Vital statistics of India. Vol. IV, Annual returns from 1871 to 1876. British Army of India, Native Army and jails of Bengal
Year: 1871
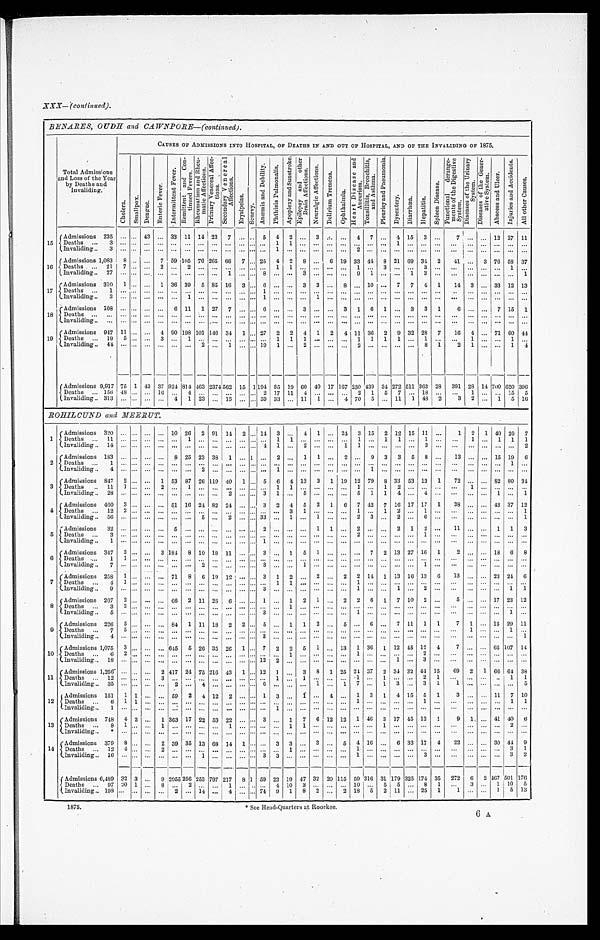
X X X —
( c o n t i n u e d ) .
BENARES, OUDH and CAWNPORE—(continued).
Total Admissions
and Loss of the Year
by Deaths and
Inval i di ng.
CAUSES OF ADMISSIONS INTO HOSPITAL, OF DEATHS IN AND OUT OF HOSPITAL, AND OF THE INVALIDING OF 1875.
C h o l e r a .
S m a l l p o x .
D e n g u e .
E n t e r i c F e v e r .
I n t e r m i t t e n t F e v e r .
R e m i t t e n t a n d C o n - t i n u e d F e v e r s .
R h e u m a t i s m a n d R h e u - m a t i c A f f e c t i o n s .
P r i m a r y V e n e r e a l A f f e c -
t i o n s . S e c o n d a r y V e n e r e a l
A f f e c t i o n s .
E r y s i p e l a s .
S c u r v y .
A n æ m i a a n d D e b i l i t y . P h t h i s i s P u l m o n a l i s .
A p o p l e x y a n d A f f e c t i o n s .
E p i l e p s y a n d o t h e r
B r a i n A f f e c t i o n s . N e u r a l g i c A f f e c t i o n s .
D e l i r i u m T r e m e n s .
O p h t h a l m i a .
H e a r t D i s e a s e a n d A n e u r i s m .
T o n s i l l i t i s , B r o n c h i t i s ,
a n d A s t h m a .
P l e u r i s y a n d P n e u m o n i a .
D y s e n t e r y . D i a r r h œ a . H e p a t i t i s .
S p l e e n D i s e a s e .
F u n c t i o n a l d e r a n g e -
m e n t s o f t h e D i g e s t i v e
S y s t e m.
D i s e a s e s o f t h e U r i n a r y
Syst em. D i s e a s e s o f t h e G e n e r - a t i v e S y s t e m . A b s c e s s a n d U l c e r . I n j u r i e s a n d A c c i d e n t s .
A l l o t h e r C a u s e s .
15 Admissions 235
43
33 11 14 23 7
5 4 2
3
4 7
4 15 3
7
12 27 11
D e a t h s 3
1 1
1
I n v a l i d i n g 3
1
2
16 Admissions 1,083 8
7 59 105 76 265 66 7 25 4 2 8
6 19 33 44 8 21 69 34 2 41
3 76 58 37
Deaths
21 7
2 2
1 1
1
3
3
1
I n v a l i d i n g 2 7
1
8
3
9 1
1 3
1
17 Admissions 310 1
1 36 39 5 85 16 3 6
3 3
8
10
7 7 4 1 14 3
33 12 13
D e a t h s 1
1
I n v a l i d i n g 3
1
1
1
18 Admissions 108
6 11 1 27 7
6
3
3 1 6 1
3 3 1 6
7 15 1
Deaths I n v a l i d i n g
19 Admissions 947 1 1
4 90 198 101 146 34 1 27 2 2 4 1 2 4 11 36 2 9 32 28 7 16 4 71 60 44
Deaths
19 5
3
1
1 1 1
1 1 1 1
1
1
1
I n v a l i d i n g 4 4
2
1
1 9 1
2
2
8 1 2 1
1 4
Admissions 9,917 75 1 43 37 924 814 463 2374 562 1 5 1 1 9 4 8 5 19 6 0 40 17 167 230 4 3 9 34 272 511 363 28 391 28 14 700 620 396
D e a t h s 156 48
16
4
2 17 11 4
2 1 5 7
18
1
15 5
Invaliding 313
4 1 23
13
59 33
11 1
4 70 5
11 1 4 8
2 3 2
1 5 16
ROHILCUND and MEERUT.
1 Admissions 320
10 26 2 91 1 4 2 14 3
4 1 24 3 15 2 12 15 11
1 2 1 40 20 7
D e a t h s
1 1
1
1 1
1
1 1
1
1 1 1 1
Invaliding 1 4
4 1
2
1 1
3
2
2 Admissions 183
8 25 23 38 1 1
2
1 1
2
9 3 3 5 8
13
15 19 6
Deaths
1
1
Invaliding 4
2
1
1
3 Admissions 847 2
1 53 87 26 1 1 9 4 0 1 5 6 4 1 3 3 1 19 12 79 8 33 53 13 1 72
82 80 34
D e a t h s
1 1 1
2
1
1 1
1 1 2
1
Invaliding 2 8
2
3 1
5
5 1 1 4
4
1
1
4 Admissions 460 3
51 16 24 8 2 24
3 2 4 5 2 1 6 7 42 7 16 17 17 1 38
43 37 12
Deaths
1 2 2
3 1
1 1 2
1
1
Invaliding 5 6
5
2
3 3
1
1
2 3
2
6
1
5 Admissions 32
5
2
1 1
2
2 1 2
11
1 1 3
Deaths 3
2
1
Invaliding 1
1
6 Admissions 347 3
3 184 8 10 18 11
3
1 5 1
7 2 13 27 16 1 2
18 6 8
De a t h s
1 1
Invaliding 7
2
3
1
1
7 Admissions 258 1
71 8 6 19 12
3 1 2
2
2 2 14 1 13 16 13 6 13
23 24 6
De a t h s
4 1
1 1
1
Invaliding 9
3
1
1
2
1 1
8 Admissions 207 2
66 2 11 28 6
1
1 2 1
2 2 6 1 7 10 2
5
17 23 12
Deaths 3 2
1
Invaliding 5
3
1
1
9 Admissions 226 5
84 1 11 18 2 2 5
1 1 2
5
6
7 11 1 1 7 1
15 29 11
Deaths 7 5
1
1
Invaliding 4
3
1
10 Admissions 1,075 3
645 5 26 35 26 1 7 2 2 5 1 13 1 36 1 12 45 12 4 7
65 107 14
De a t h s
6 2
1
1
2
Invaliding 1 8
1 2 2
1
3
11 Admissions 1,256
2 417 24 75 216 43 1 12 1
3 8 1 25 24 37 2 34 32 4 4 15 69 2 1 66 64 38
De a t h s
1 2
3
1
1
1 1
2 1
1 1
Invaliding 3 5
2 4
6
1
1 7
1 3
3 1 1
5
12 Admissions 151 1 1
59 2 4 12 2
1 3
1
4
1 3 1 4 15 5 1 3
11 7 10
Deaths
6 1 1
1
1
1 1
Invaliding 1
1
13 Admissions 748 4 2
1 363 17 22 53 22
3
1 7 6 12 12 1 46 3 17 45 1 3 1 9 1
41 40 6
De a t h s
8 1
1
1
1 1
1
2
Invaliding *
14 Admissions 379 8
2 39 35 13 68 14 1
3 3
3
5 4 1 6 6 33 17 4 22
30 44 9
De a t h s
1 2 4
2
1
1
3 1
Invaliding 1 6
1
3 3
1
3
3 2
Admissions 6,489 32 3
9 2055 256 253 797 217 8 1 59 23 19 47 32 20 1 1 5 59 316 31 179 325 174 35 272 6 2 4 6 7 501 176
Deaths
9 7 2 0 1
8
2
1
4 10 3
10
5 5
8 1
3
1 1 0 5
Invaliding 198
2 14
4
74 9 1 8 2
2 18 5 2 11
25 1
1
1 5 1 3
1875.
See Head-Quarters at Roorkee.
6 A